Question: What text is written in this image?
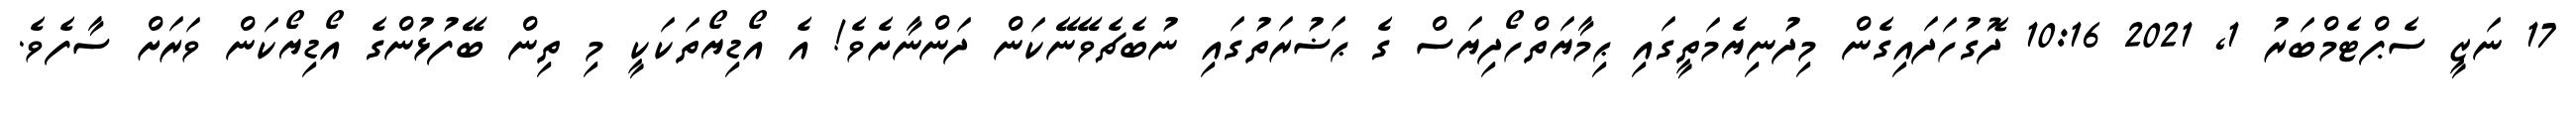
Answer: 17 ނަޒީ ސެޕްޓެމްބަރު 1, 2021 10:16 ދޮގުހަދައިގެން މިދުނިޔެމަތީގައި ޙިމާޔަތްހޯދިޔަސް ގެ ޙަޟުރަތުގައި ނުބެޗެވޭނޭކަން ދަންނާށެވެ! އެ އޯޑިޔޯތަކަކީ މި ތިން ބޭފުޅުންގެ އޯޑިޔޯކަން ވަރަށް ސާފެވެ.